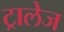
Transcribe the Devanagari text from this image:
ट्रालेज